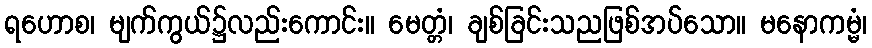
ရဟောစ၊ မျက်ကွယ်၌လည်းကောင်း။ မေတ္တံ၊ ချစ်ခြင်းသညဖြစ်အပ်သော။ မနောကမ္မံ၊